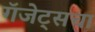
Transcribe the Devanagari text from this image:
गॅजेट्सचा